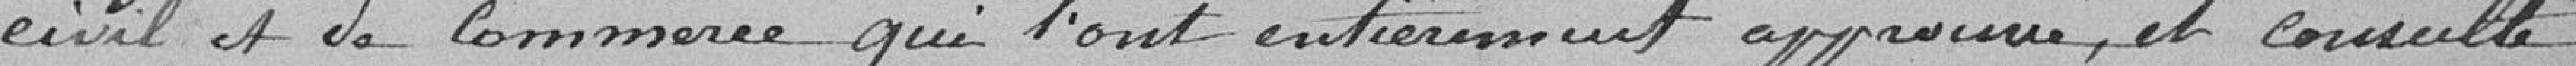
Civil et de Commerce qui l'ont entièrement approuvé, et consulté